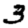
Digit: 3